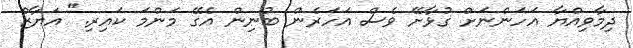
ދިމާވިއްޔާ އަހަންނަށް ގުޅާށޭ ވެސް އަހަރެން ބުނިން އެގޭ މަންމަ ކައިރި." އަޔާޒް